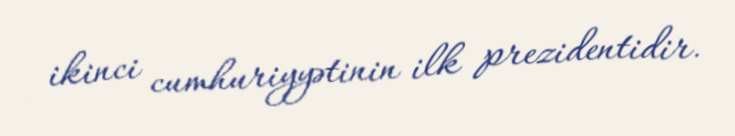
ikinci cumhuriyyətinin ilk prezidentidir.